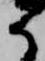
か